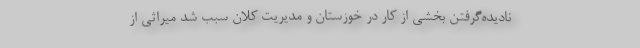
ناديده‌گرفتن بخشي از كار در خوزستان و مديريت كلان سبب شد ميراثي از